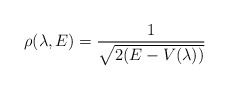
\begin{align*}\rho (\lambda , E ) = \frac{1}{\sqrt{2(E - V(\lambda))}}\end{align*}